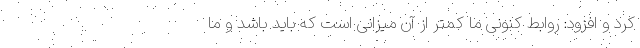
کرد و افزود: روابط کنونی ما کمتر از آن میزانی است که باید باشد و ما